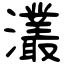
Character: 灇